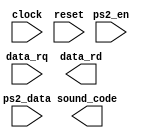
module handshake_p3(input clock, reset,
					input [3:0] ps2_data, input ps2_en,
					output [3:0] sound_code,	// Code for the music box
					input data_rq,		// Data request from music box
					output data_rd);		// Data ready for music box

// Your code goes here...

endmodule